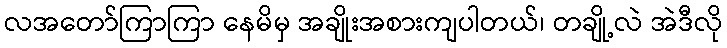
လအတော်ကြာကြာ နေမိမှ အချိုးအစားကျပါတယ်၊ တချို့လဲ အဲဒီလို